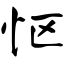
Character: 怄